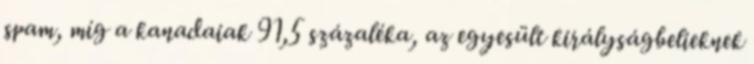
spam, míg a kanadaiak 91,5 százaléka, az egyesült királyságbelieknek